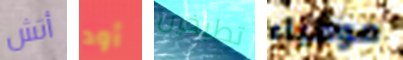
أتش أود تطبخين مومياء